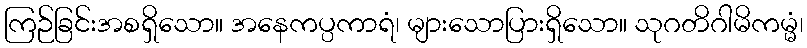
ကြဉ်ခြင်းအစရှိသော။ အနေကပ္ပကာရံ၊ များသောပြားရှိသော။ သုဂတိဂါမိကမ္မံ၊